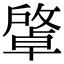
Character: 𢿭